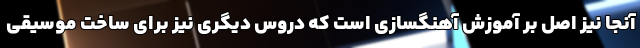
آنجا نیز اصل بر آموزش آهنگسازی است که دروس دیگری نیز برای ساخت موسیقی